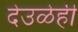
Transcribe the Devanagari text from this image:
देउळेही